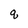
Character: q